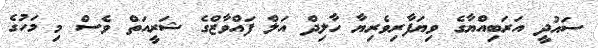
ސައުދީ އަރަބިއްޔާގެ ވިޔަފާރިވެރިޔާ ހާލިދް އަލް ފައްވާޒްގެ ޝަރީއަތް ވެސް މި މަހުގެ